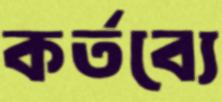
কর্তব্যে